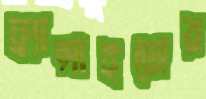
ফ্র্যান্সাইজের